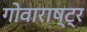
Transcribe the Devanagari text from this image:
गोवाराष्ट्र